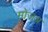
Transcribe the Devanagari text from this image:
मोजअ